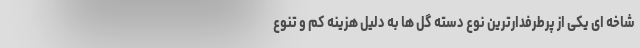
شاخه ای یکی از پرطرفدارترین نوع دسته گل ها به دلیل هزینه کم و تنوع